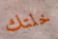
خلتك